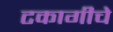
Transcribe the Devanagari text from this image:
टकागीचे